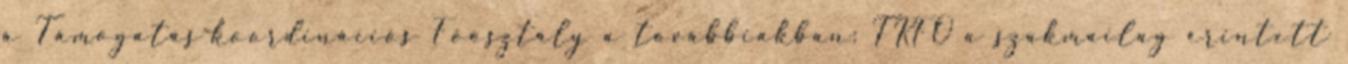
a Támogatás-koordinációs Főosztály a továbbiakban: TKFO a szakmailag érintett